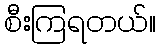
စီးကြရတယ်။